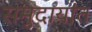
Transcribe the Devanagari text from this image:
समुदायांत